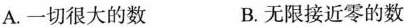
A.一切很大的数 B.无限接近零的数